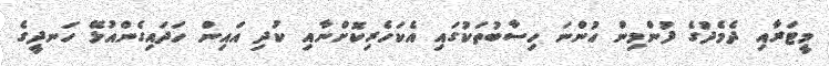
މީޓަރާއި ދެމެދުގެ ފުންމިން ހުންނަ ހިސާބުތަކުގައި އެކަހެރިކޮށްނާއި ކުދި އައިން ހަދައިގެންއުޅޭ ހަނދީގެ